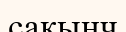
сақынч